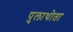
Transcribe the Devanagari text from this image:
पुलाथोता